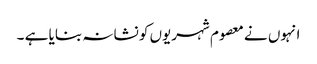
انہوں نے معصوم شہریوں کو نشانہ بنایا ہے ۔